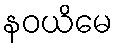
နဝယိမေ